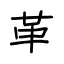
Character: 革